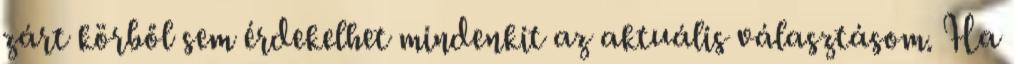
zárt körből sem érdekelhet mindenkit az aktuális választásom. Ha